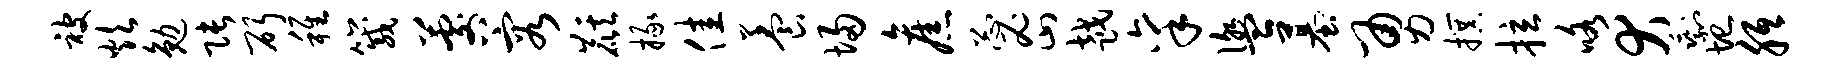
被炊勉张斫稚箴晷容麒掾佳养埽旧忐密越禀盥墓勇撰拉咯犬剩圮胝